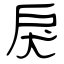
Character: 戾